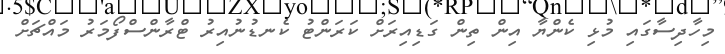
މިހާދިސާގައި މުޅި ކެންޔާ އިން ތިން ގަޑިއިރަށް ކަރަންޓު ކެނޑުނުއިރު ޓްރާންސްފޯމަރު މައްޗަށް